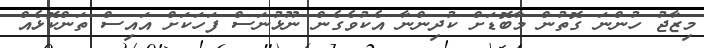
މިޒާޖު ހުންނަ ގޮތުން މާބޮޑަށް ކުދިންނާ އެކުވެގެން ނޫޅުނަސް ފަހަކަށް އައިސް ތަންކޮޅެއް